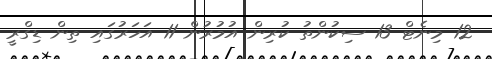
12 މިނެޓް 13 ސިކުންތު ކުރިން އުމުރުން 11 އަހަރުގައި ތިން ޑިގްރީ